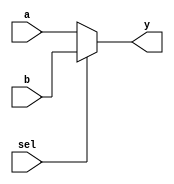
`timescale 1ns / 1ps
//////////////////////////////////////////////////////////////////////////////////
// Company: 
// Engineer: 
// 
// Design Name: 
// Module Name:    bai__gate_mux_20 
// Project Name: 
// Target Devices: 
// Tool versions: 
// Description: 
//
// Dependencies: 
//
// Revision: 
// Revision 0.01 - File Created
// Additional Comments: 
//
//////////////////////////////////////////////////////////////////////////////////

module mux_21(input a,b,sel,output y);
assign y=sel?b:a;
endmodule

module bai__gate_mux_20(input a,b,output noty,andy,ory);
mux_21 notmux(1'b1,1'b0,a,noty);
mux_21 andmux(1'b0,b,a,andy);
 mux_21 ormux(b,1'b1,a,ory);

endmodule